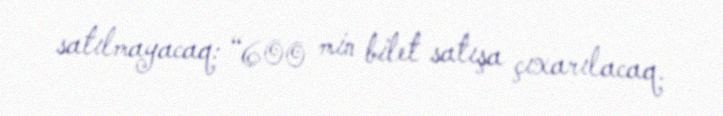
satılmayacaq: “600 min bilet satışa çıxarılacaq.